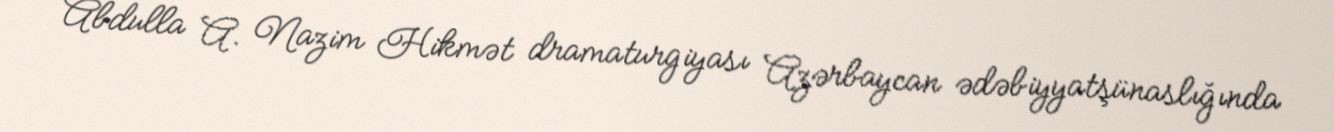
Abdulla A. Nazim Hikmət dramaturgiyası Azərbaycan ədəbiyyatşünaslığında